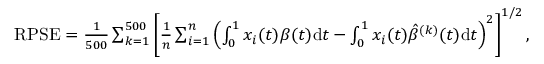
\begin{array} { r } { \mathrm { R P S E } = \frac { 1 } { 5 0 0 } \sum _ { k = 1 } ^ { 5 0 0 } \left[ \frac { 1 } { n } \sum _ { i = 1 } ^ { n } \left( \int _ { 0 } ^ { 1 } x _ { i } ( t ) \beta ( t ) \mathrm { d } t - \int _ { 0 } ^ { 1 } x _ { i } ( t ) \hat { \beta } ^ { ( k ) } ( t ) \mathrm { d } t \right) ^ { 2 } \right] ^ { 1 / 2 } , } \end{array}